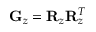
{ \bf G } _ { z } = { \bf R } _ { z } { \bf R } _ { z } ^ { T }